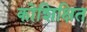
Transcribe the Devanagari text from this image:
कोशिक्षित